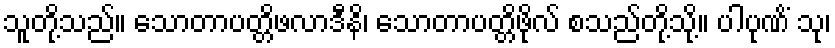
သူတို့သည်။ သောတာပတ္တိဖလာဒီနိ၊ သောတာပတ္တိဖိုလ် စသည်တို့သို့။ ပါပုဏိံ သု၊